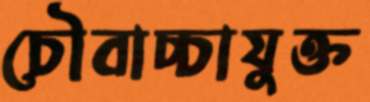
চৌবাচ্চাযুক্ত